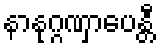
နာနုဂ္ဂဏှာပေန္တီ